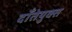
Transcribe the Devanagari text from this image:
दाँतेयुक्त